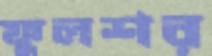
ফুলশর